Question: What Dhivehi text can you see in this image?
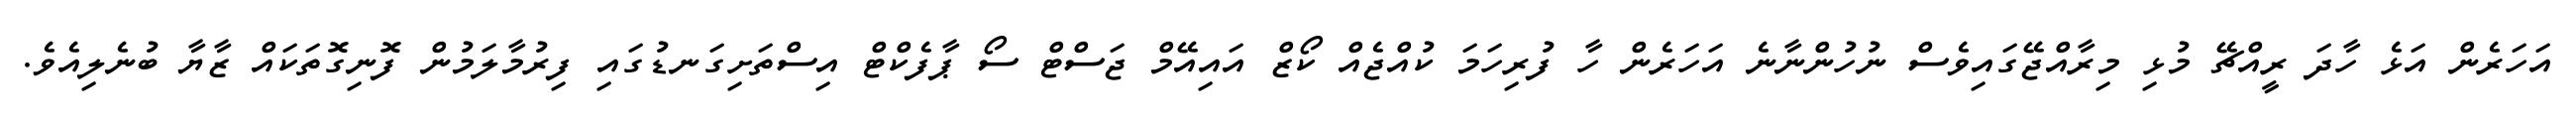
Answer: އަހަރެން އަޅެ ހާދަ ރީއްޗޭ މުޅި މިރާއްޖޭގައިވެސް ނުހުންނާނެ އަހަރެން ހާ ފުރިހަމަ ކުއްޖެއް ކޯޒް އައިއޭމް ޖަސްޓް ސޯ ޕާފެކްޓް އިސްތަށިގަނޑުގައި ފިރުމާލަމުން ފޮނިގޮތަކައް ޒާޔާ ބުނެލިއެވެ.